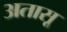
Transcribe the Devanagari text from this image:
अतासू